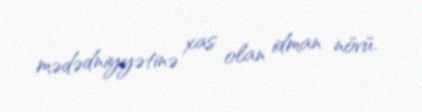
mədədniyyətinə xas olan idman növü.